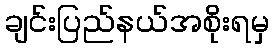
ချင်းပြည်နယ်အစိုးရမှ